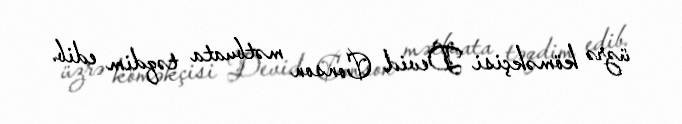
üzrə köməkçisi Devid Conson mətbuata təqdim edib.